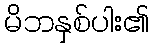
မိဘနှစ်ပါး၏